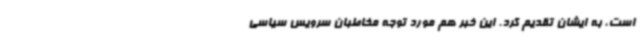
است، به ایشان تقدیم کرد. این خبر هم مورد توجه مخاطبان سرویس سیاسی